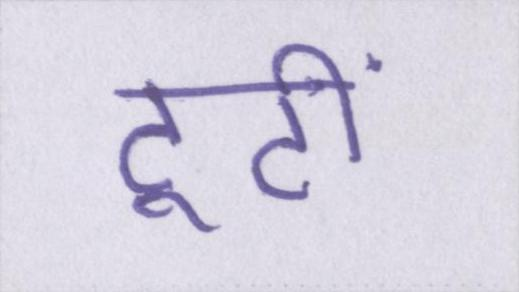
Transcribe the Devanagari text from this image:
टूटी